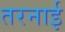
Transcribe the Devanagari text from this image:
तरनाई